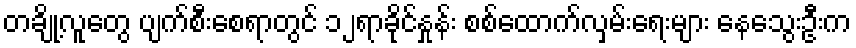
တချို့လူတွေ ပျက်စီးစေရာတွင် ၁၂ရာခိုင်နှုန်း စစ်ထောက်လှမ်းရေးများ နေသွေးဦးက